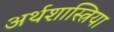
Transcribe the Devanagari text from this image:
अर्थशास्त्रिया